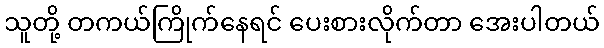
သူတို့ တကယ်ကြိုက်နေရင် ပေးစားလိုက်တာ အေးပါတယ်